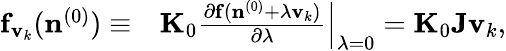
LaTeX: \begin{array}{rl}{{\mathbf f}_{{\mathbf v}_{k}}({\mathbf n}^{(0)})\equiv}&{{}{\mathbf K}_{0}\frac{\partial{\mathbf f}({\mathbf n}^{(0)}+\lambda{\mathbf v}_{k})}{\partial\lambda}\Big\vert_{\lambda=0}={\mathbf K}_{0}{\mathbf J}{\mathbf v}_{k},}\end{array}